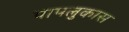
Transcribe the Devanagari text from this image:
पापलुकास